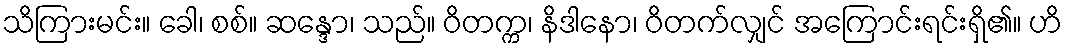
သိကြားမင်း။ ခေါ၊ စစ်။ ဆန္ဒော၊ သည်။ ဝိတက္က၊ နိဒါနော၊ ဝိတက်လျှင် အကြောင်းရင်းရှိ၏။ ဟိ